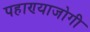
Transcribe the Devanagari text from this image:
पहाण्याजोगी